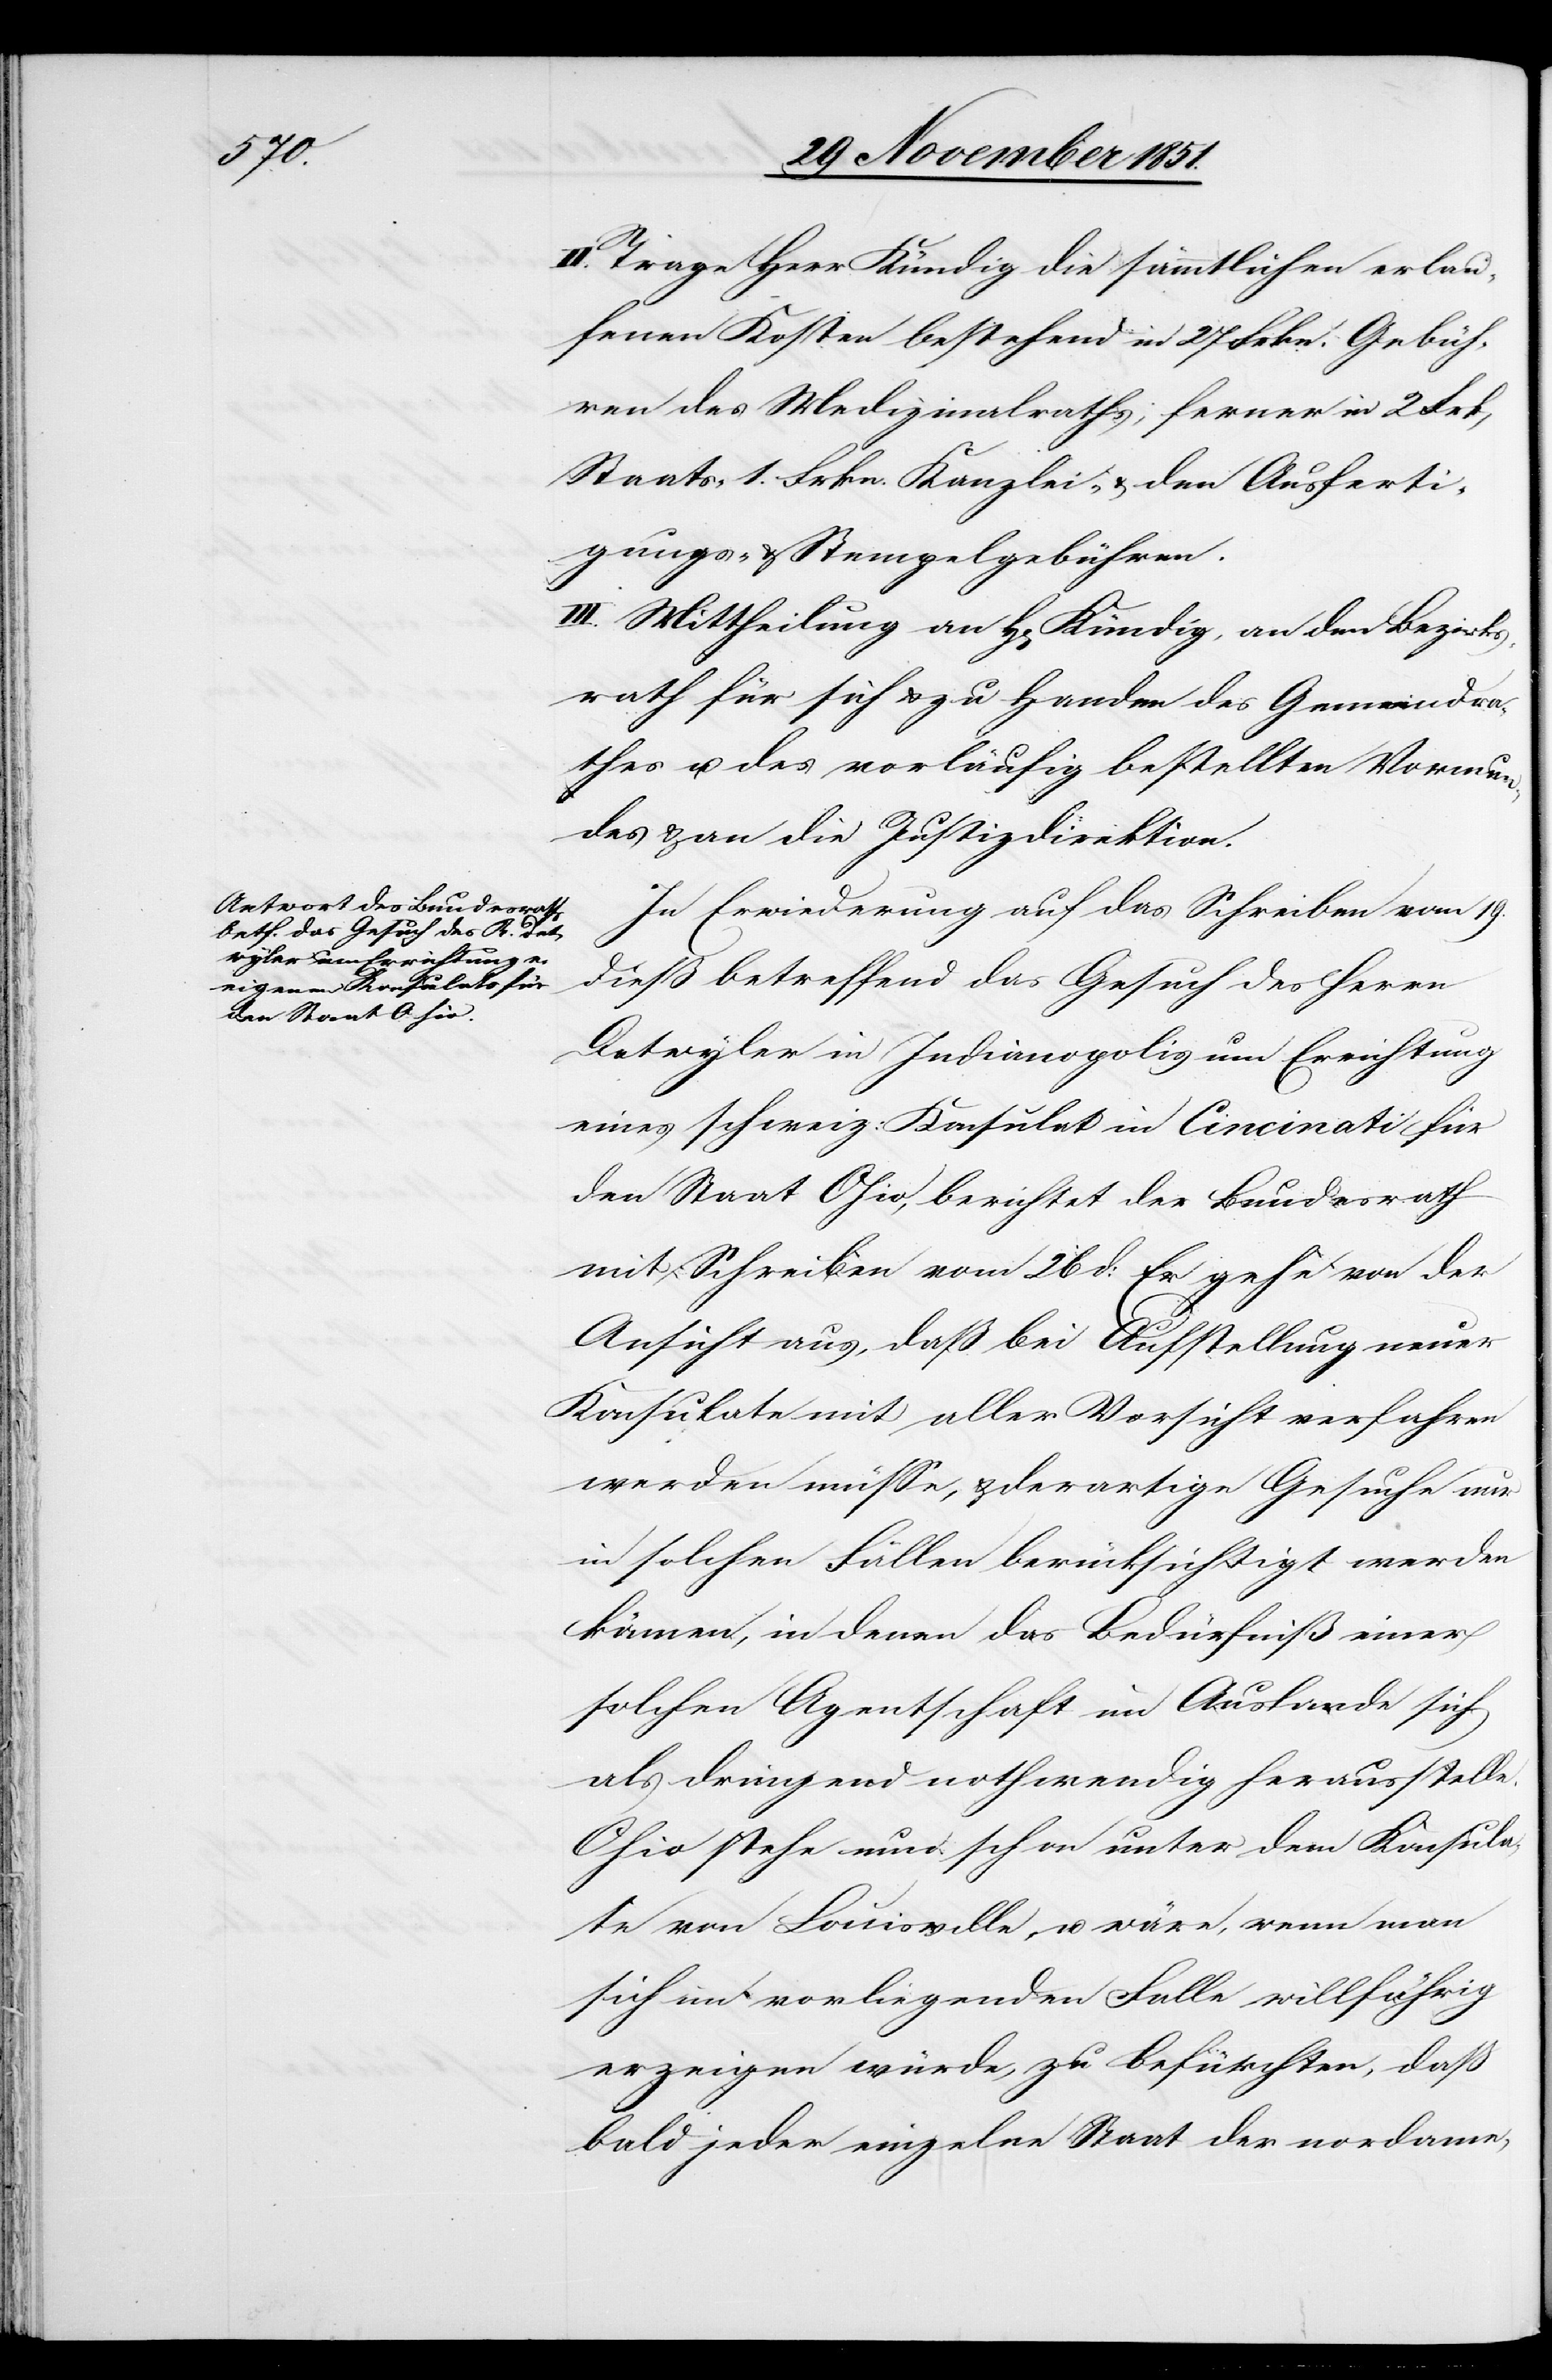
II. Trage Herr Kündig die sämmtlichen erlau¬
fenen Kosten bestehend in 27 Frkn. Gebüh¬
ren des Medizinalraths, ferner in 2
Staats-[,] 1. Frkn. Kanzlei- & den Ausferti¬
gungs- & Stempelgebühren.
III. Mittheilung an H[errn] Kündig, an den Bezirks¬
rath für sich & zu Handen des Gemeindra¬
thes u. des vorläufig bestellten Vormun¬
des & an die Justizdirektion.
In Erwiederung auf das Schreiben vom 19.
dieß betreffend das Gesuch des Herrn
Detwyler in Indianopolis um Errichtung
eines schweiz: Konsulat[s] in Cincinati für
den Staat Ohio, berichtet der Bundesrath
mit Schreiben vom 26 d: Er gehe von der
Ansicht aus, daß bei Aufstellung neuer
Konsulate mit aller Vorsicht verfahren
werden müsse, & derartige Gesuche nur
in solchen Fällen berücksichtigt werden
können, in denen das Bedürfniß einer
solchen Agentschaft im Auslande sich
als dringend nothwendig herausstelle.
Ohio stehe nun schon unter dem Konsula¬
te von Louisville, u. wäre, wenn man
sich im vorliegenden Falle willfährig
erzeigen würde, zu befürchten, daß
bald jeder einzelne Staat der nordame-